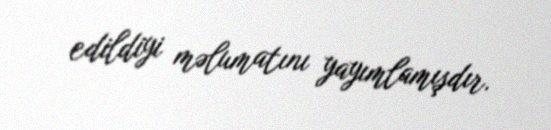
edildiyi məlumatını yayımlamışdır.